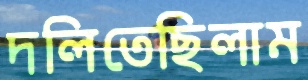
দলিতেছিলাম